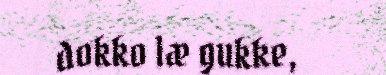
dokko læ gukke,